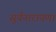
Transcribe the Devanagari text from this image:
सुर्यनारायणा